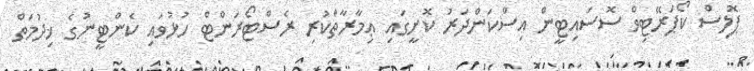
ޕޮލިސް ކޯޕަރޭޓިވް ސޮސައިޓީން އިސްކަންދަރު ކޮށީގައި ޢިމާރާތްކުރި ރެސްޓޯރަންޓް ހުޅުވައި ކެންޓީނުގެ ޚިދުމަތް